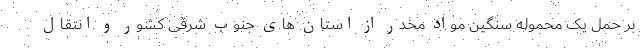
بر حمل یک محموله سنگین مواد مخدر از استان های جنوب شرقی کشور و انتقال